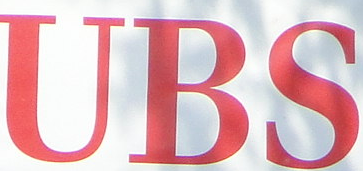
UBS